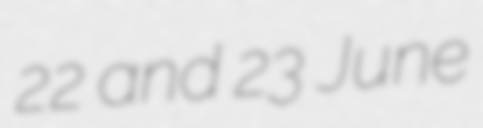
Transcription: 22 and 23 June